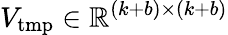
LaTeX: V_{\mathrm{tmp}}\in\mathbb{R}^{(k+b)\times(k+b)}